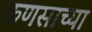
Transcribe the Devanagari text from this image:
कणसाच्या